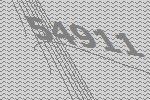
54911